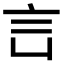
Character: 𧥜